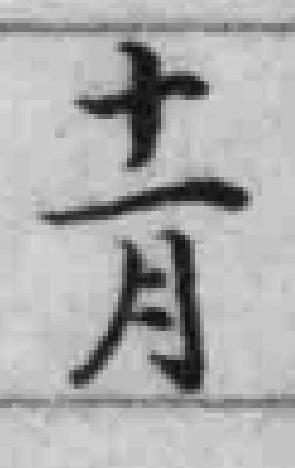
十月